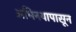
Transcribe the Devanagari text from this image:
अभिनयापासून